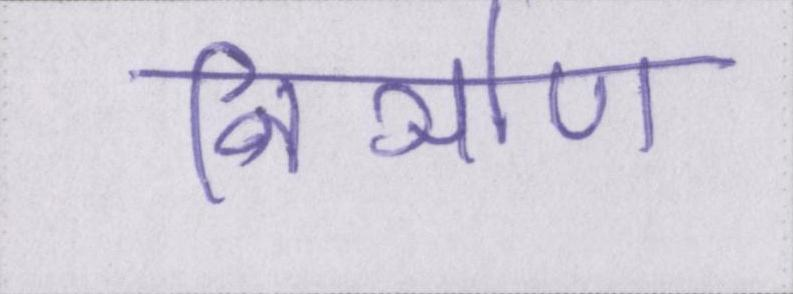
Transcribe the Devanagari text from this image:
निर्ञाण